Calcutta medical institutions reports 1879-81 [i.e.91]
Year: 1879
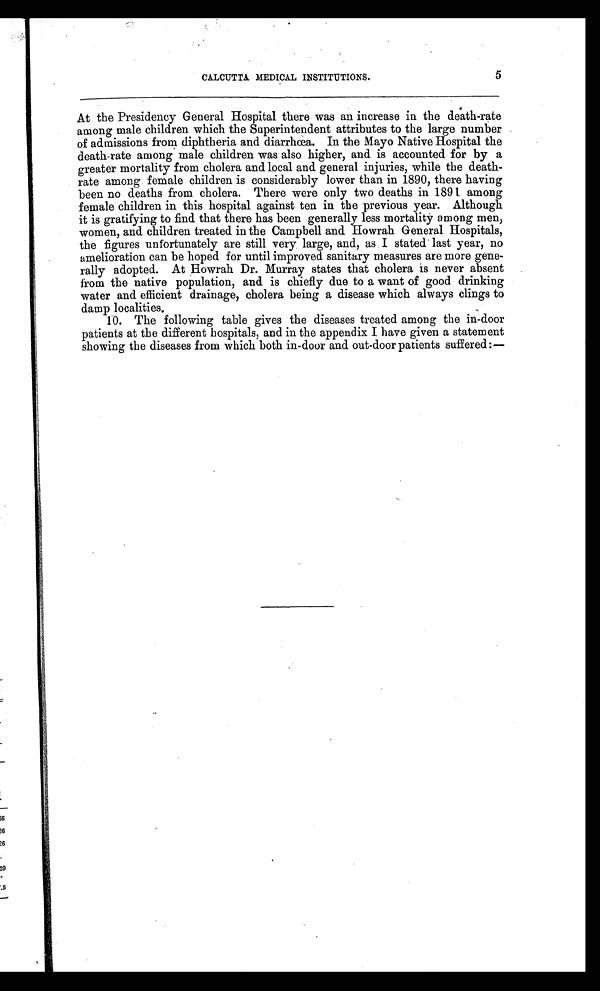
5
CALCUTTA MEDICAL INSTITUTIONS.
5
At the Presidency General Hospital there was an increase in the death-rate
among male children which the Superintendent attributes to the large number
of admissions from diphtheria and diarrhœa. In the Mayo Native Hospital the
death-rate among male children was also higher, and is accounted for by a
greater mortality from cholera and local and general injuries, while the death-
rate among female children is considerably lower than in 1890, there having
been no deaths from cholera. There were only two deaths in 1891 among
female children in this hospital against ten in the previous year. Although
it is gratifying to find that there has been generally less mortality among men,
women, and children treated in the Campbell and Howrah General Hospitals,
the figures unfortunately are still very large, and, as I stated last year, no
amelioration can be hoped for until improved sanitary measures are more gene
-rally adopted. At Howrah Dr. Murray states that cholera is never absent
from the native population, and is chiefly due to a want of good drinking
water and efficient drainage, cholera being a disease which always clings to
damp localities.
10. The following table gives the diseases treated among the in-door
patients at the different hospitals, and in the appendix I have given a statement
showing the diseases from which both in-door and out-door patients suffered:
—